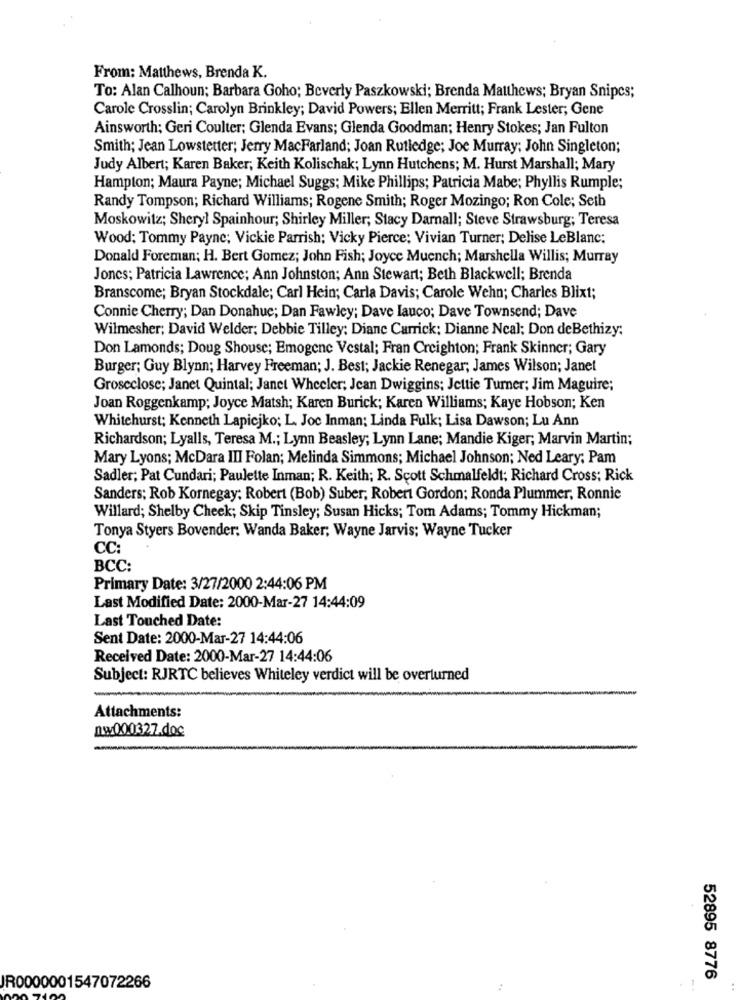
From: Matthews, Brenda K.
To: Alan Calhoun; Barbara Goho; Beverly Paszkowski; Brenda Matthews; Bryan Snipes;
Carole Crosslin; Carolyn Brinkley; David Powers; Ellen Merritt; Frank Lester; Gene
Ainsworth; Geri Coulter; Glenda Evans; Glenda Goodman; Henry Stokes; Jan Fulton
Smith; Jean Lowstetter; Jerry MacFarland; Joan Rutledge; Joe Murray; John Singleton;
Judy Albert; Karen Baker; Keith Kolischak; Lynn Hutchens; M. Hurst Marshall; Mary
Hampton; Maura Payne; Michael Suggs; Mike Phillips; Patricia Mabe; Phyllis Rumple;
Randy Tompson; Richard Williams; Rogene Smith; Roger Mozingo; Ron Cole; Seth
Moskowitz; Sheryl Spainhour; Shirley Miller; Stacy Darnall; Steve Strawsburg; Teresa
Wood: Tommy Payne; Vickie Parrish; Vicky Pierce: Vivian Turner; Delise LeBlanc:
Donald Foreman; H. Bert Gomez; John Fish; Joyce Muench; Marshella Willis; Murray
Jones; Patricia Lawrence; Ann Johnston; Ann Stewart; Beth Blackwell; Brenda
Branscome; Bryan Stockdale; Carl Hein; Carla Davis; Carole Wehn; Charles Blixt;
Connie Cherry; Dan Donahue; Dan Fawley; Dave lauco; Dave Townsend; Dave
Wilmesher; David Welder: Debbie Tilley: Diane Carrick: Dianne Ncal; Don deBethizy:
Don Lamonds; Doug Shouse; Emogene Vestal; Fran Creighton; Frank Skinner; Gary
Burger; Guy Blynn; Harvey Freeman; J. Best; Jackie Renegar; James Wilson; Janet
Groscclose; Janet Quintal; Janet Wheeler; Jean Dwiggins; Jettie Turner; Jim Maguire;
Joan Roggenkamp; Joyce Matsh; Karen Burick; Karen Williams; Kaye Hobson; Ken
Whitehurst; Kenneth Lapicjko; L. Joc Inman; Linda Fulk; Lisa Dawson; Lu Ann
Richardson; Lyalls, Teresa M .; Lynn Beasley; Lynn Lane; Mandie Kiger; Marvin Martin;
Mary Lyons; McDara III Folan; Melinda Simmons; Michael Johnson; Ned Leary; Pam
Sadler; Pat Cundari; Paulette Inman; R. Keith; R. Scott Schmalfeldt; Richard Cross; Rick
Sanders; Rob Kornegay: Robert (Bob) Suber, Robert Gordon; Ronda Plummer, Ronnie
Willard; Shelby Cheek; Skip Tinsley; Susan Hicks; Tom Adams; Tommy Hickman;
Tonya Styers Bovender: Wanda Baker; Wayne Jarvis; Wayne Tucker
CC:
BCC:
Primary Date: 3/27/2000 2:44:06 PM
Last Modified Date: 2000-Mar-27 14:44:09
Last Touched Date:
Sent Date: 2000-Mar-27 14:44:06
Received Date: 2000-Mar-27 14:44:06
Subject: RJRTC believes Whiteley verdict will be overturned
Attachments:
nw000327.doc
52895 8776
JR0000001547072266